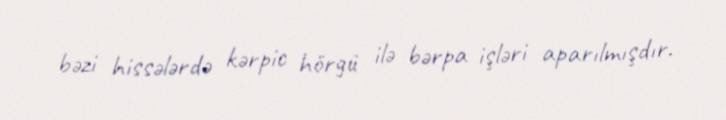
bəzi hissələrdə kərpic hörgü ilə bərpa işləri aparılmışdır.